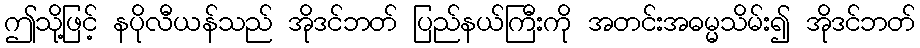
ဤသို့ဖြင့် နပိုလီယန်သည် အိုဒင်ဘတ် ပြည်နယ်ကြီးကို အတင်းအဓမ္မသိမ်း၍ အိုဒင်ဘတ်